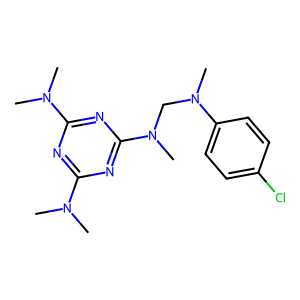
SMILES: CN(C)c1nc(N(C)C)nc(N(C)CN(C)c2ccc(Cl)cc2)n1
Inhibits HIV replication: No